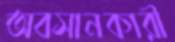
অবসানকারী